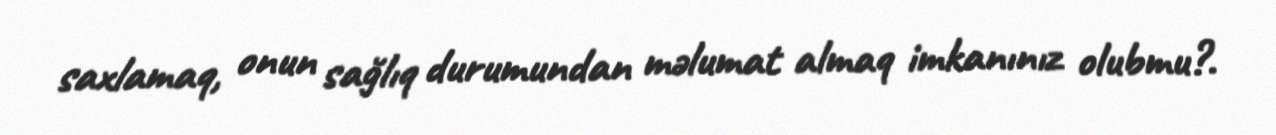
saxlamaq, onun sağlıq durumundan məlumat almaq imkanınız olubmu?.